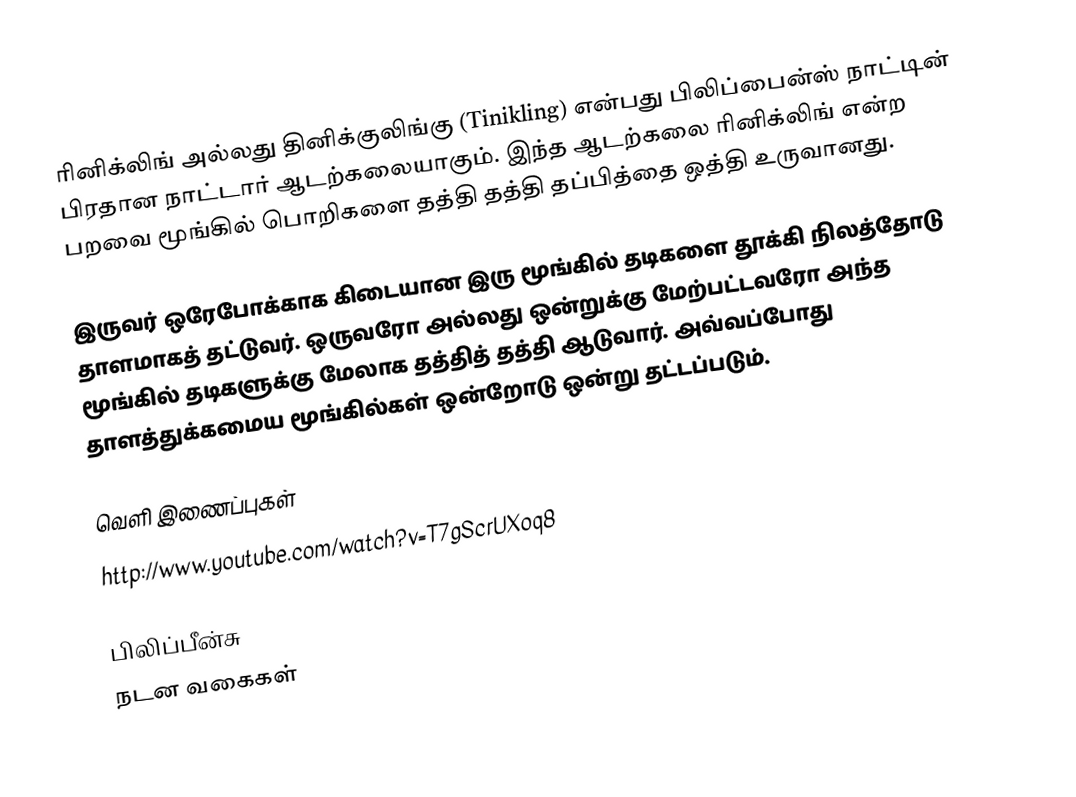
ரினிக்லிங் அல்லது தினிக்குலிங்கு (Tinikling) என்பது பிலிப்பைன்ஸ் நாட்டின் பிரதான நாட்டார் ஆடற்கலையாகும்.  இந்த ஆடற்கலை ரினிக்லிங் என்ற பறவை மூங்கில் பொறிகளை தத்தி தத்தி தப்பித்தை ஒத்தி உருவானது.

இருவர் ஒரேபோக்காக கிடையான இரு மூங்கில் தடிகளை தூக்கி நிலத்தோடு தாளமாகத் தட்டுவர்.  ஒருவரோ அல்லது ஒன்றுக்கு மேற்பட்டவரோ அந்த மூங்கில் தடிகளுக்கு மேலாக தத்தித் தத்தி ஆடுவார்.  அவ்வப்போது தாளத்துக்கமைய மூங்கில்கள் ஒன்றோடு ஒன்று தட்டப்படும்.

வெளி இணைப்புகள்
 http://www.youtube.com/watch?v=T7gScrUXoq8

பிலிப்பீன்சு
நடன வகைகள்